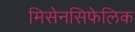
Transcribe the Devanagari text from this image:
मिसेनसिफेलिक